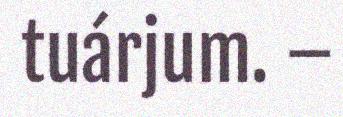
tuárjum. –